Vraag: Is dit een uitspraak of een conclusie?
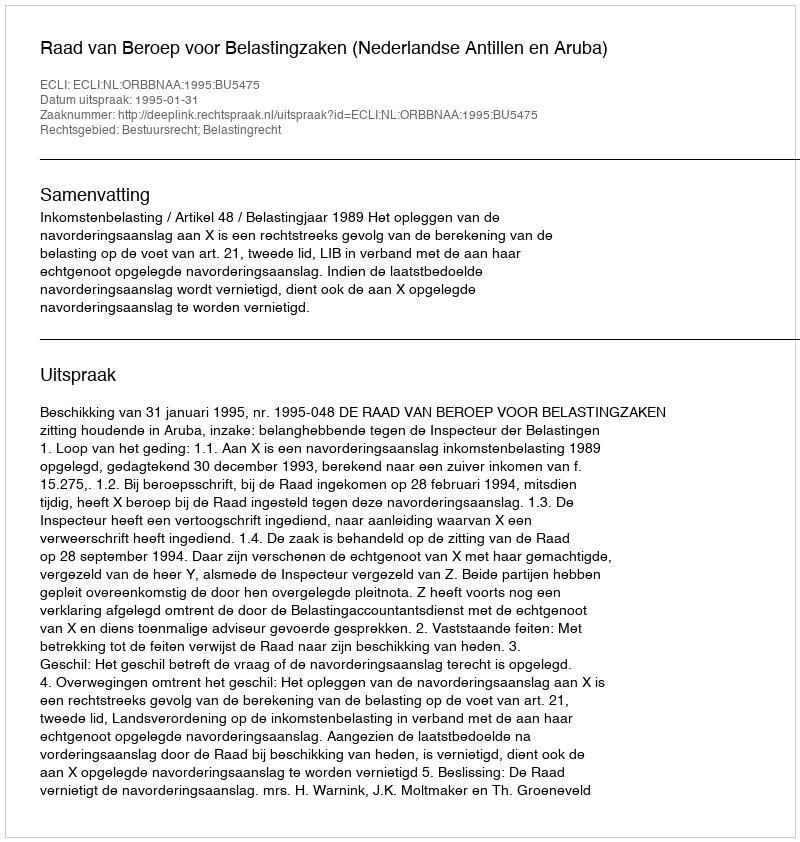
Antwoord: Uitspraak